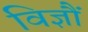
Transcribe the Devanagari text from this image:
विज्ञौं